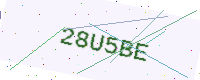
Text: 28U5BE